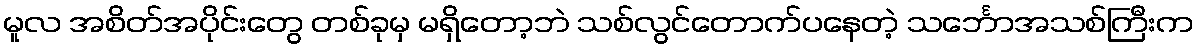
မူလ အစိတ်အပိုင်းတွေ တစ်ခုမှ မရှိတော့ဘဲ သစ်လွင်တောက်ပနေတဲ့ သင်္ဘောအသစ်ကြီးက